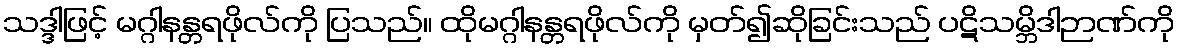
သဒ္ဒါဖြင့် မဂ္ဂါနန္တရဖိုလ်ကို ပြသည်။ ထိုမဂ္ဂါနန္တရဖိုလ်ကို မှတ်၍ဆိုခြင်းသည် ပဋိသမ္ဘိဒါဉာဏ်ကို